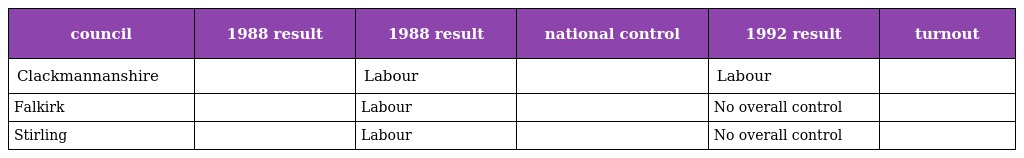
| council | 1988 result | 1988 result | national control | 1992 result | turnout |
 | --- | --- | --- | --- | --- | --- |
 | Clackmannanshire |  | Labour |  | Labour |  |
 | Falkirk |  | Labour |  | No overall control |  |
 | Stirling |  | Labour |  | No overall control |  |